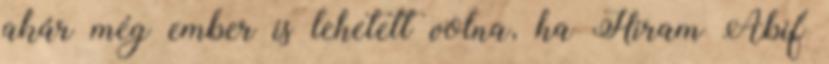
akár még ember is lehetett volna, ha Hiram Abif